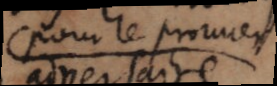
pour le prouver